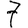
Digit: 7